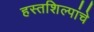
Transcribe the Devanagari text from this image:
हस्तशिल्पांचे